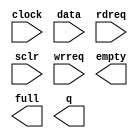
// megafunction wizard: %FIFO%VBB%
// GENERATION: STANDARD
// VERSION: WM1.0
// MODULE: scfifo 

// ============================================================
// Megafunction Name(s):
// 			scfifo
//
// Simulation Library Files(s):
// 			altera_mf
// ============================================================
// ************************************************************
// THIS IS A WIZARD-GENERATED FILE. DO NOT EDIT THIS FILE!
//
// 8.0 Build 231 07/10/2008 SP 1 SJ Full Version
// ************************************************************

//Copyright (C) 1991-2008 Altera Corporation
//Your use of Altera Corporation's design tools, logic functions 
//and other software and tools, and its AMPP partner logic 
//functions, and any output files from any of the foregoing 
//(including device programming or simulation files), and any 
//associated documentation or information are expressly subject 
//to the terms and conditions of the Altera Program License 
//Subscription Agreement, Altera MegaCore Function License 
//Agreement, or other applicable license agreement, including, 
//without limitation, that your use is for the sole purpose of 
//programming logic devices manufactured by Altera and sold by 
//Altera or its authorized distributors.  Please refer to the 
//applicable agreement for further details.

module swBUF (
	clock,
	data,
	rdreq,
	sclr,
	wrreq,
	empty,
	full,
	q);

	input	  clock;
	input	[31:0]  data;
	input	  rdreq;
	input	  sclr;
	input	  wrreq;
	output	  empty;
	output	  full;
	output	[31:0]  q;

endmodule

// ============================================================
// CNX file retrieval info
// ============================================================
// Retrieval info: PRIVATE: AlmostEmpty NUMERIC "0"
// Retrieval info: PRIVATE: AlmostEmptyThr NUMERIC "1"
// Retrieval info: PRIVATE: AlmostFull NUMERIC "0"
// Retrieval info: PRIVATE: AlmostFullThr NUMERIC "-1"
// Retrieval info: PRIVATE: CLOCKS_ARE_SYNCHRONIZED NUMERIC "1"
// Retrieval info: PRIVATE: Clock NUMERIC "0"
// Retrieval info: PRIVATE: Depth NUMERIC "4096"
// Retrieval info: PRIVATE: Empty NUMERIC "1"
// Retrieval info: PRIVATE: Full NUMERIC "1"
// Retrieval info: PRIVATE: INTENDED_DEVICE_FAMILY STRING "Stratix II"
// Retrieval info: PRIVATE: LE_BasedFIFO NUMERIC "0"
// Retrieval info: PRIVATE: LegacyRREQ NUMERIC "1"
// Retrieval info: PRIVATE: MAX_DEPTH_BY_9 NUMERIC "0"
// Retrieval info: PRIVATE: OVERFLOW_CHECKING NUMERIC "0"
// Retrieval info: PRIVATE: Optimize NUMERIC "1"
// Retrieval info: PRIVATE: RAM_BLOCK_TYPE NUMERIC "0"
// Retrieval info: PRIVATE: SYNTH_WRAPPER_GEN_POSTFIX STRING "0"
// Retrieval info: PRIVATE: UNDERFLOW_CHECKING NUMERIC "0"
// Retrieval info: PRIVATE: UsedW NUMERIC "0"
// Retrieval info: PRIVATE: Width NUMERIC "32"
// Retrieval info: PRIVATE: dc_aclr NUMERIC "0"
// Retrieval info: PRIVATE: diff_widths NUMERIC "0"
// Retrieval info: PRIVATE: msb_usedw NUMERIC "0"
// Retrieval info: PRIVATE: output_width NUMERIC "32"
// Retrieval info: PRIVATE: rsEmpty NUMERIC "1"
// Retrieval info: PRIVATE: rsFull NUMERIC "0"
// Retrieval info: PRIVATE: rsUsedW NUMERIC "0"
// Retrieval info: PRIVATE: sc_aclr NUMERIC "0"
// Retrieval info: PRIVATE: sc_sclr NUMERIC "1"
// Retrieval info: PRIVATE: wsEmpty NUMERIC "0"
// Retrieval info: PRIVATE: wsFull NUMERIC "1"
// Retrieval info: PRIVATE: wsUsedW NUMERIC "0"
// Retrieval info: CONSTANT: ADD_RAM_OUTPUT_REGISTER STRING "ON"
// Retrieval info: CONSTANT: INTENDED_DEVICE_FAMILY STRING "Stratix II"
// Retrieval info: CONSTANT: LPM_NUMWORDS NUMERIC "4096"
// Retrieval info: CONSTANT: LPM_SHOWAHEAD STRING "OFF"
// Retrieval info: CONSTANT: LPM_TYPE STRING "scfifo"
// Retrieval info: CONSTANT: LPM_WIDTH NUMERIC "32"
// Retrieval info: CONSTANT: LPM_WIDTHU NUMERIC "12"
// Retrieval info: CONSTANT: OVERFLOW_CHECKING STRING "ON"
// Retrieval info: CONSTANT: UNDERFLOW_CHECKING STRING "ON"
// Retrieval info: CONSTANT: USE_EAB STRING "ON"
// Retrieval info: USED_PORT: clock 0 0 0 0 INPUT NODEFVAL clock
// Retrieval info: USED_PORT: data 0 0 32 0 INPUT NODEFVAL data[31..0]
// Retrieval info: USED_PORT: empty 0 0 0 0 OUTPUT NODEFVAL empty
// Retrieval info: USED_PORT: full 0 0 0 0 OUTPUT NODEFVAL full
// Retrieval info: USED_PORT: q 0 0 32 0 OUTPUT NODEFVAL q[31..0]
// Retrieval info: USED_PORT: rdreq 0 0 0 0 INPUT NODEFVAL rdreq
// Retrieval info: USED_PORT: sclr 0 0 0 0 INPUT NODEFVAL sclr
// Retrieval info: USED_PORT: wrreq 0 0 0 0 INPUT NODEFVAL wrreq
// Retrieval info: CONNECT: @data 0 0 32 0 data 0 0 32 0
// Retrieval info: CONNECT: q 0 0 32 0 @q 0 0 32 0
// Retrieval info: CONNECT: @wrreq 0 0 0 0 wrreq 0 0 0 0
// Retrieval info: CONNECT: @rdreq 0 0 0 0 rdreq 0 0 0 0
// Retrieval info: CONNECT: @clock 0 0 0 0 clock 0 0 0 0
// Retrieval info: CONNECT: full 0 0 0 0 @full 0 0 0 0
// Retrieval info: CONNECT: empty 0 0 0 0 @empty 0 0 0 0
// Retrieval info: CONNECT: @sclr 0 0 0 0 sclr 0 0 0 0
// Retrieval info: LIBRARY: altera_mf altera_mf.altera_mf_components.all
// Retrieval info: GEN_FILE: TYPE_NORMAL swBUF.v TRUE
// Retrieval info: GEN_FILE: TYPE_NORMAL swBUF.inc FALSE
// Retrieval info: GEN_FILE: TYPE_NORMAL swBUF.cmp FALSE
// Retrieval info: GEN_FILE: TYPE_NORMAL swBUF.bsf TRUE
// Retrieval info: GEN_FILE: TYPE_NORMAL swBUF_inst.v FALSE
// Retrieval info: GEN_FILE: TYPE_NORMAL swBUF_bb.v TRUE
// Retrieval info: GEN_FILE: TYPE_NORMAL swBUF_waveforms.html TRUE
// Retrieval info: GEN_FILE: TYPE_NORMAL swBUF_wave*.jpg FALSE
// Retrieval info: LIB_FILE: altera_mf